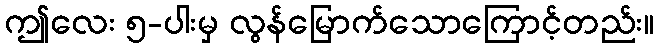
ဤလေး ၅-ပါးမှ လွန်မြောက်သောကြောင့်တည်း။